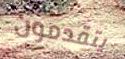
يتقدمون